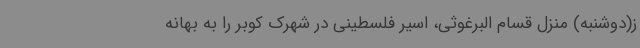
ز(دوشنبه) منزل قسام البرغوثی، اسیر فلسطینی در شهرک کوبر را به بهانه